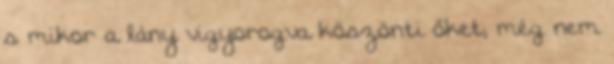
s mikor a lány vigyorogva köszönti őket, még nem